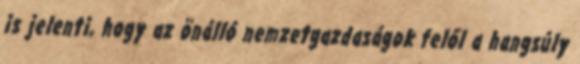
is jelenti, hogy az önálló nemzetgazdaságok felől a hangsúly